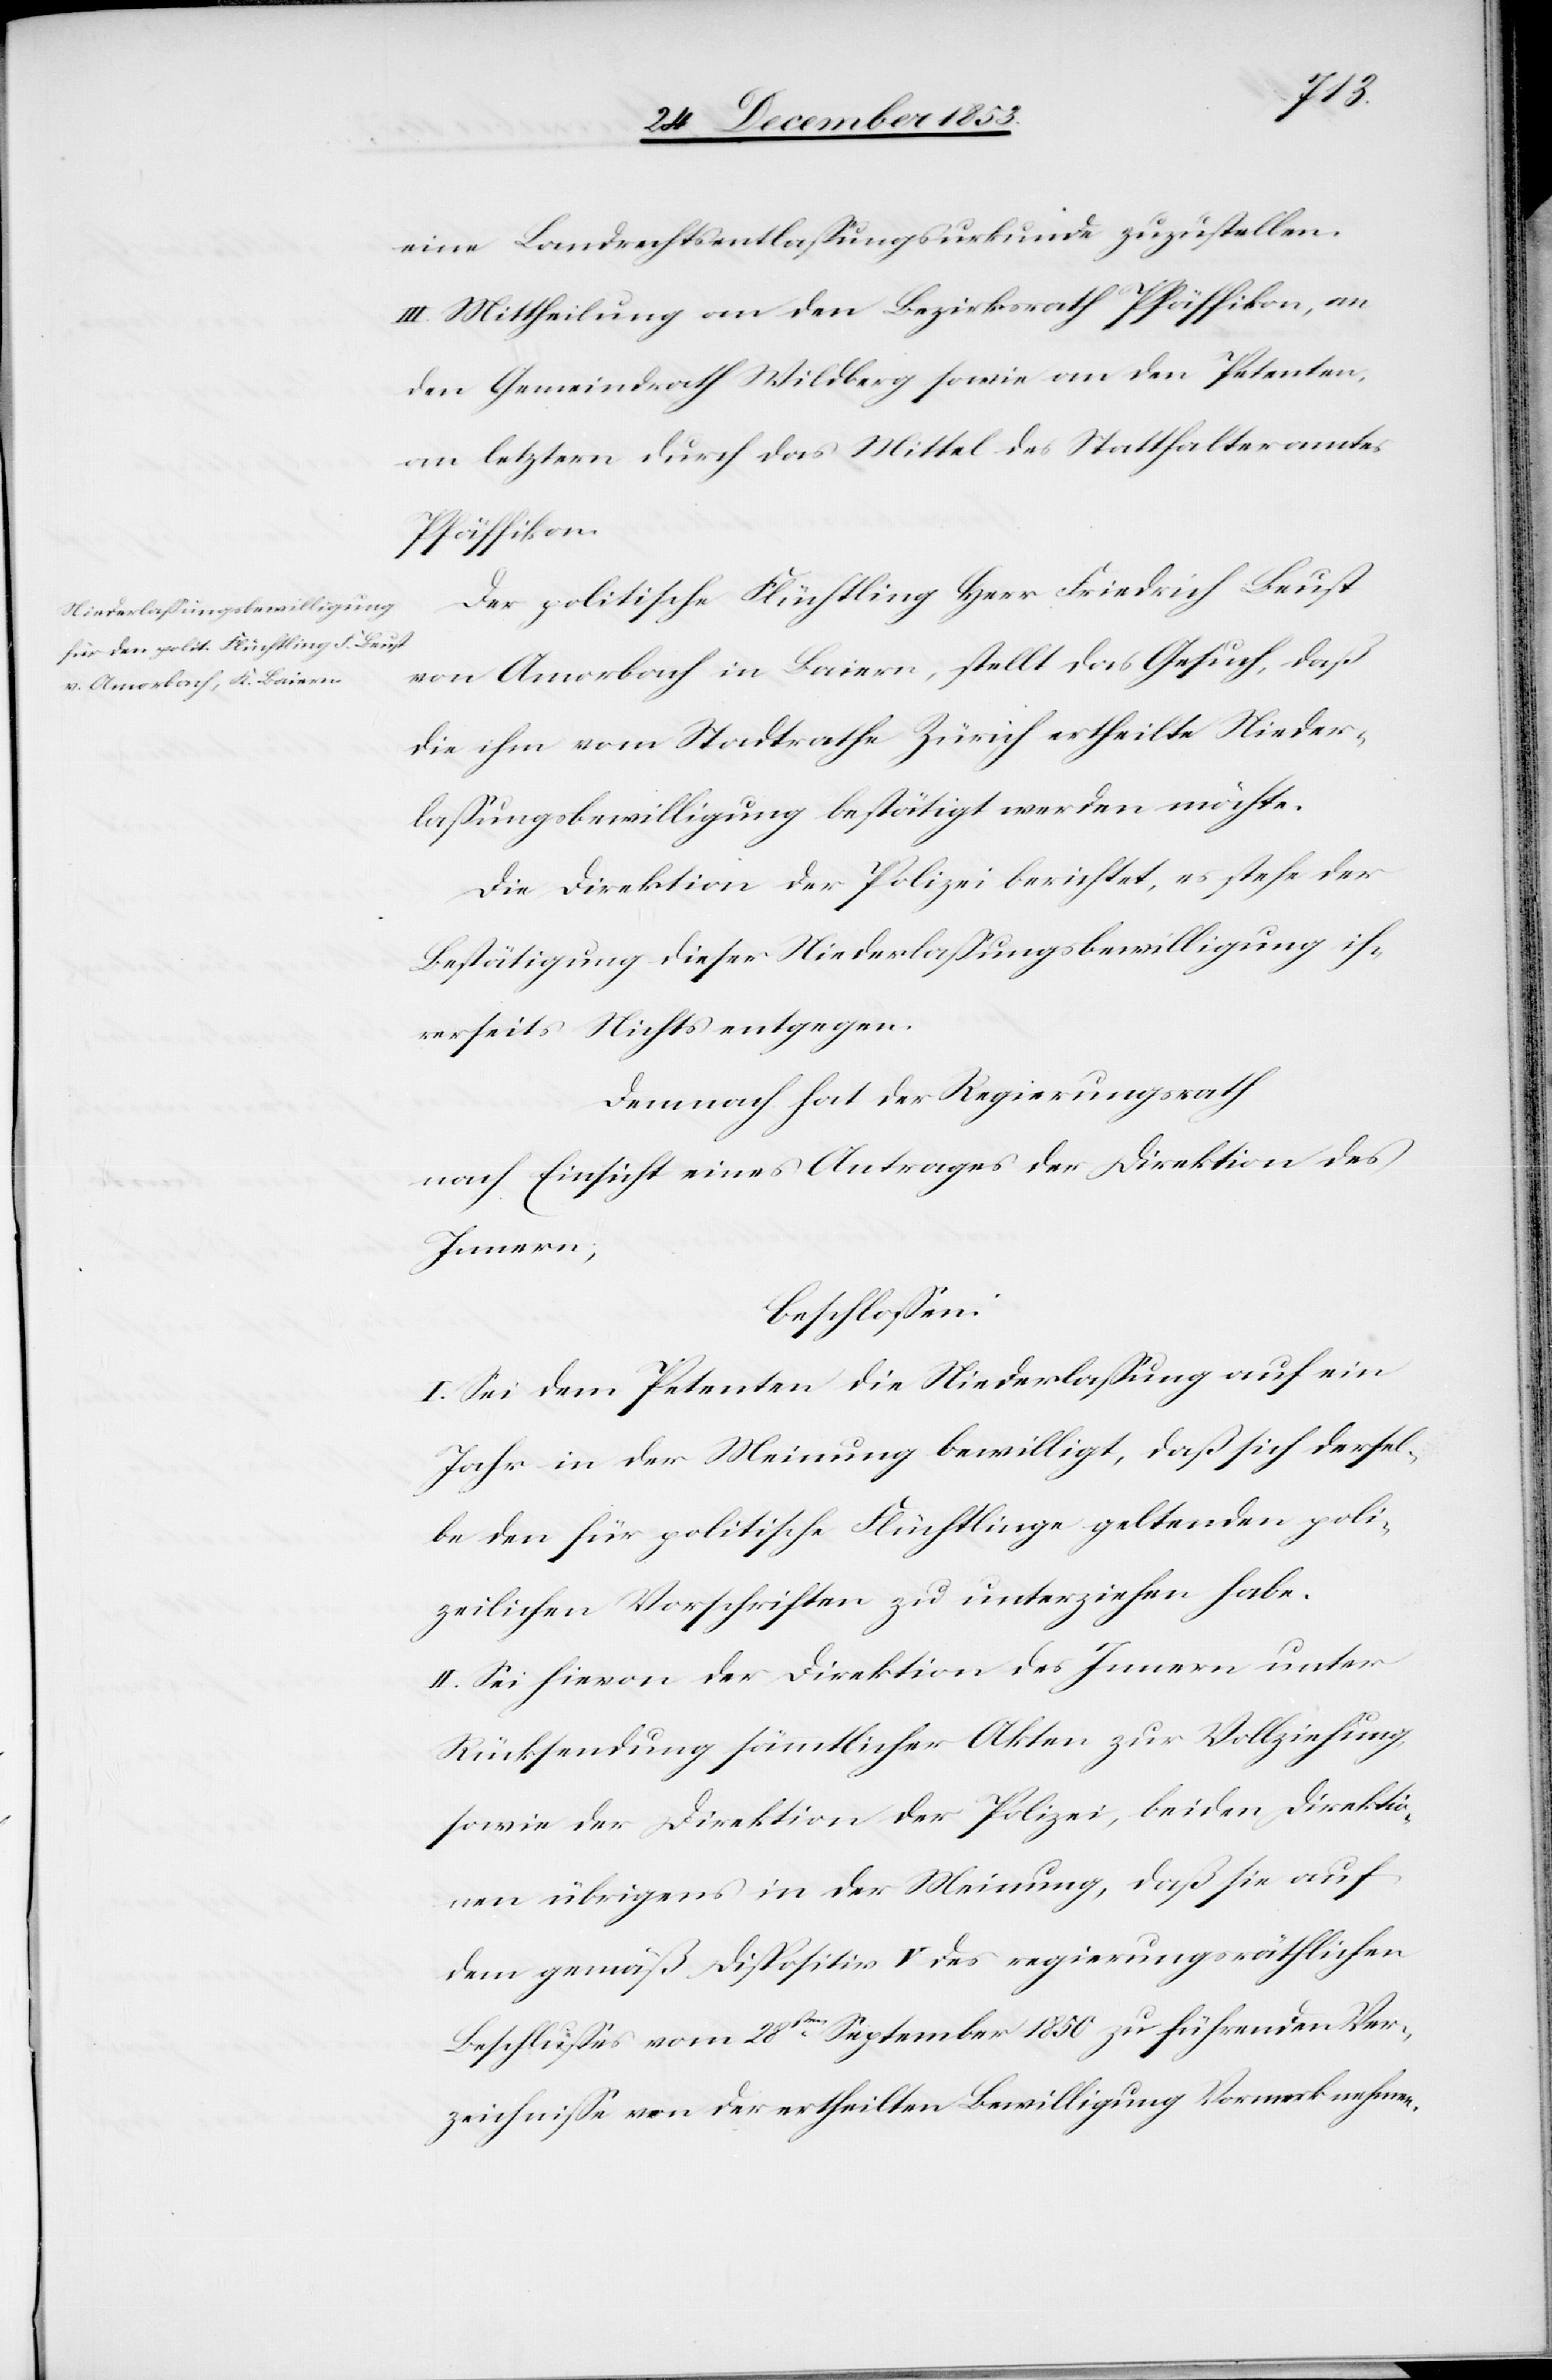
eine Landrechtsentlaßungsurkunde zuzustellen.
Der politische Flüchtling Herr Friedrich Leust
von Amorbach in Baiern, stellt das Gesuch, daß
die ihm vom Stadtrathe Zürich ertheilte Nieder¬
laßungsbewilligung bestätigt werden möchte.
Die Direktion der Polizei berichtet, es stehe der
Bestätigung dieser Niederlaßungsbewilligung ih¬
rerseits nichts entgegen.
Demnach hat der Regierungsrath
nach Einsicht eines Antrages der Direktion des
Innern,
beschloßen:
I. Sei dem Petenten die Niederlaßung auf ein
Jahr in der Meinung bewilligt, daß sich dersel¬
be den für politische Flüchtlinge geltenden poli¬
zeilichen Vorschriften zu unterziehen habe.
II. Sei hievon der Direktion des Innern unter
Rücksendung sämmtlicher Akten zur Vollziehung,
sowie der Direktion der Polizei, beiden Direktio¬
nen übrigens in der Meinung, daß sie auf
dem gemäß Dispositiv V des regierungsräthlichen
Beschlußes vom 28sten September 1850 zu führenden Ver¬
zeichniße von der ertheilten Bewilligung Vormerk nehmen.